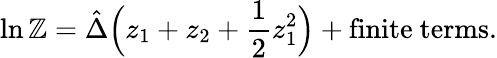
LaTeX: \ln\mathbb{Z}=\hat{{\Delta}}\Big(z_{1}+z_{2}+\frac{{1}}{{2}}z_{1}^{2}\Big)+\mathrm{{finite~terms}}.